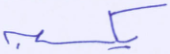
يكسبه